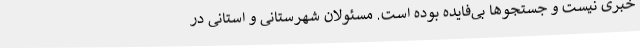
خبری نیست و جستجوها بی‌فایده بوده است. مسئولان شهرستانی و استانی در